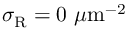
\sigma _ { \mathrm { R } } = 0 ~ \mu \mathrm { m ^ { - 2 } }